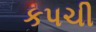
કપચી